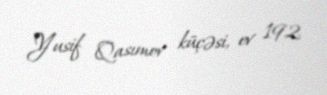
Yusif Qasımov küçəsi, ev 192